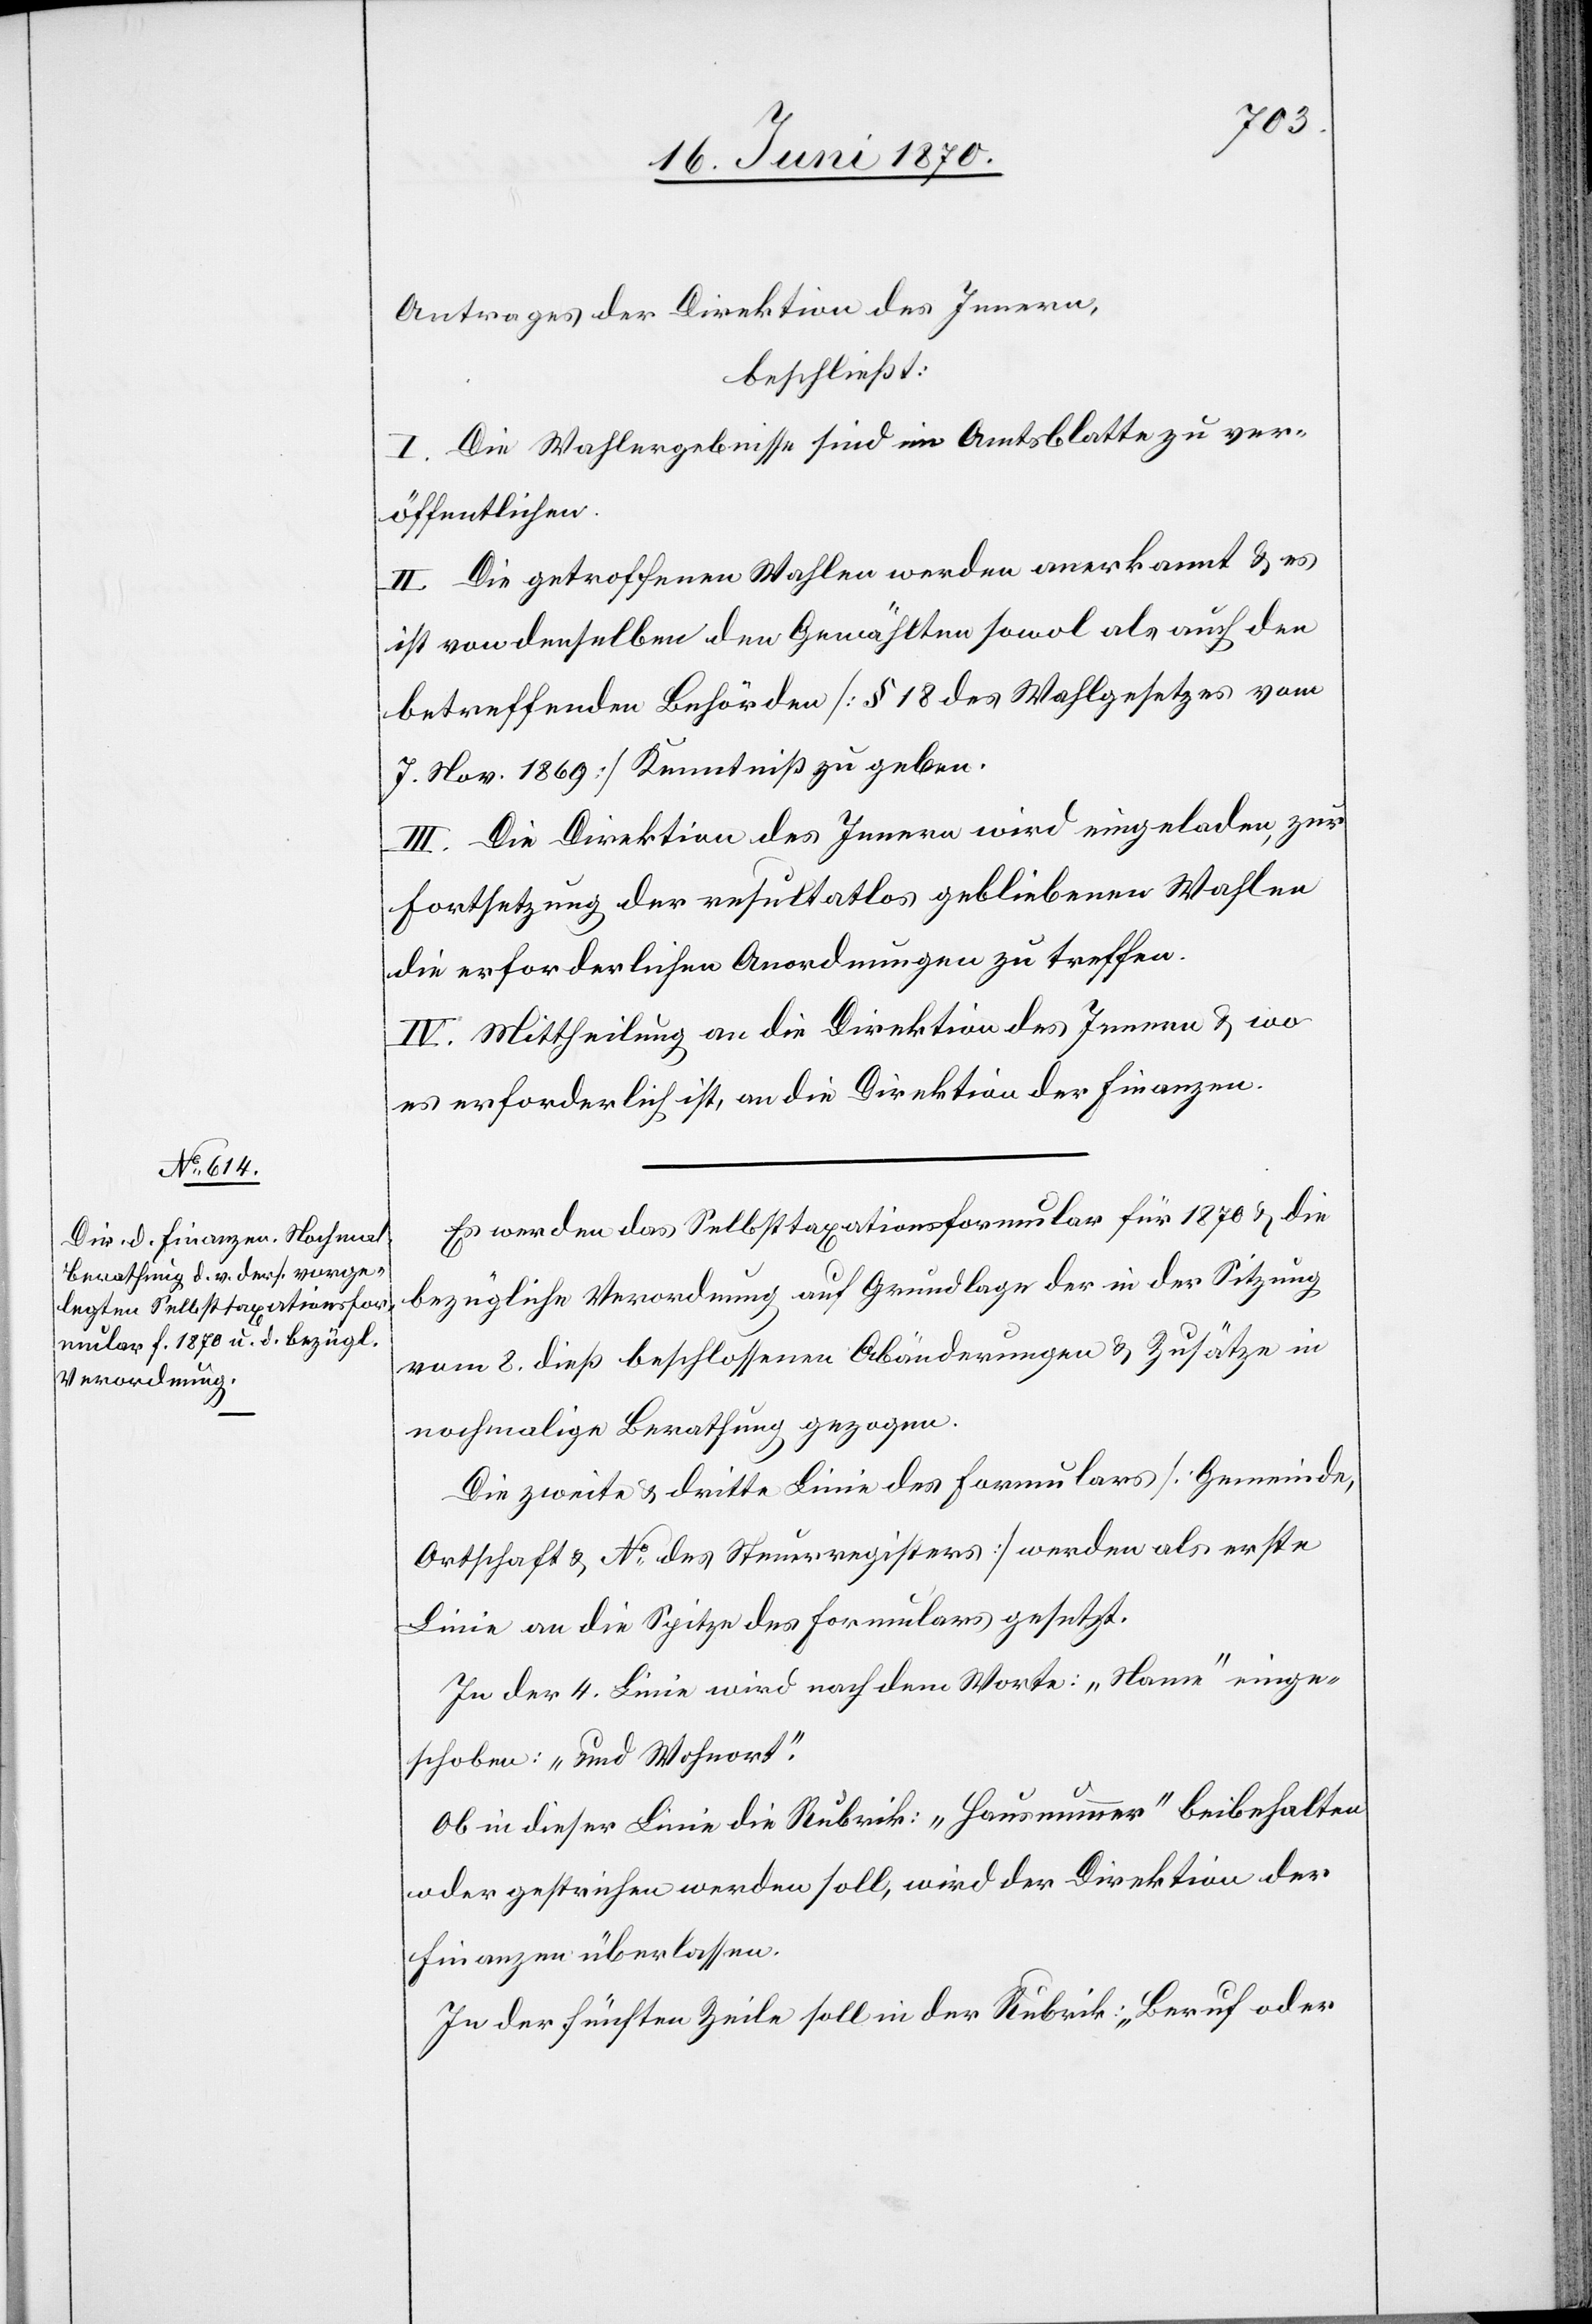
Antrages der Direktion des Innern,
beschließt:
I. Die Wahlergebnisse sind im Amtsblatte zu ver¬
öffentlichen.
II. Die getroffenen Wahlen werden anerkannt & es
ist von denselben den Gewählten sowol als auch den
betreffenden Behörden [§ 18 des Wahlgesetzes vom
7. Nov. 1869] Kenntniß zu geben.
III. Die Direktion des Innern wird eingeladen, zur
Fortsetzung der resultatlos gebliebenen Wahlen
die erforderlichen Anordnungen zu treffen.
IV. Mittheilung an die Direktion des Innern & wo
es erforderlich ist, an die Direktion der Finanzen.
Es werden das Selbsttaxationsformular für 1870 & die
bezügliche Verordnung auf Grundlage der in der Sitzung
vom 8. dieß beschlossenen Abänderungen & Zusätze in
nochmalige Berathung gezogen.
Die zweite & dritte Linie des Formulars [Gemeinde,
Ortschaft & No des Steuerregisters] werden als erste
Linie an die Spitze des Formulars gesetzt.
In der 4. Linie wird nach dem Worte: „Name“ einge¬
schoben: „und Wohnort“.
Ob in dieser Linie die Rubrik: „Hausnummer“ beibehalten
oder gestrichen werden soll, wird der Direktion der
Finanzen überlasen.
In der fünften Zeile soll in der Rubrik: „Beruf oder